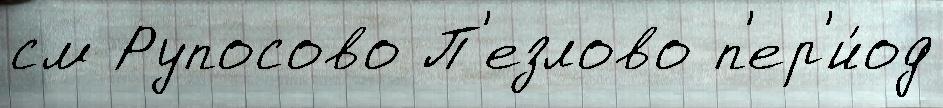
см Рупосово П'езлово п'ер'и́од